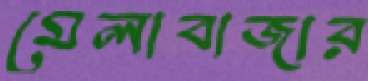
মেলাবাজার